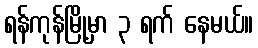
ရန်ကုန်မြို့မှာ ၃ ရက် နေမယ်။